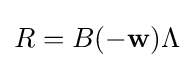
R=B(-\mathbf {w} )\Lambda